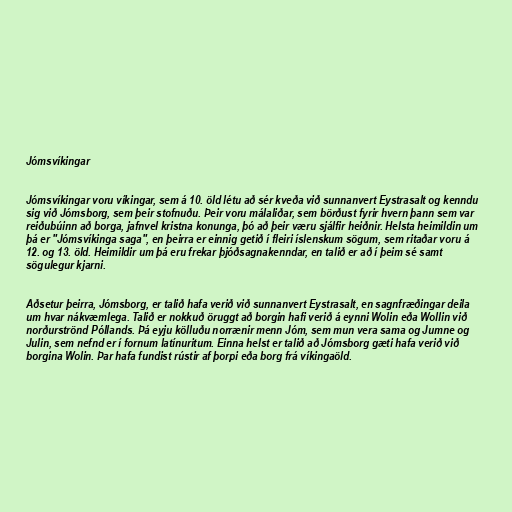
Jómsvíkingar

Jómsvíkingar voru víkingar, sem á 10. öld létu að sér kveða við sunnanvert Eystrasalt og kenndu
sig við Jómsborg, sem þeir stofnuðu. Þeir voru málaliðar, sem börðust fyrir hvern þann sem var
reiðubúinn að borga, jafnvel kristna konunga, þó að þeir væru sjálfir heiðnir. Helsta heimildin um
þá er "Jómsvíkinga saga", en þeirra er einnig getið í fleiri íslenskum sögum, sem ritaðar voru á
12. og 13. öld. Heimildir um þá eru frekar þjóðsagnakenndar, en talið er að í þeim sé samt
sögulegur kjarni.

Aðsetur þeirra, Jómsborg, er talið hafa verið við sunnanvert Eystrasalt, en sagnfræðingar deila
um hvar nákvæmlega. Talið er nokkuð öruggt að borgin hafi verið á eynni Wolin eða Wollin við
norðurströnd Póllands. Þá eyju kölluðu norrænir menn Jóm, sem mun vera sama og Jumne og
Julin, sem nefnd er í fornum latínuritum. Einna helst er talið að Jómsborg gæti hafa verið við
borgina Wolin. Þar hafa fundist rústir af þorpi eða borg frá víkingaöld.